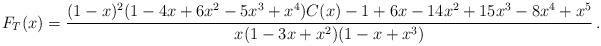
LaTeX: \begin{align*}F_T(x)=\frac{(1 - x)^2 (1 - 4 x + 6 x^2 - 5 x^3 + x^4) C(x) - 1 + 6 x - 14 x^2 + 15 x^3 - 8 x^4 + x^5}{x (1 - 3 x + x^2) (1 - x + x^3)}\,.\end{align*}